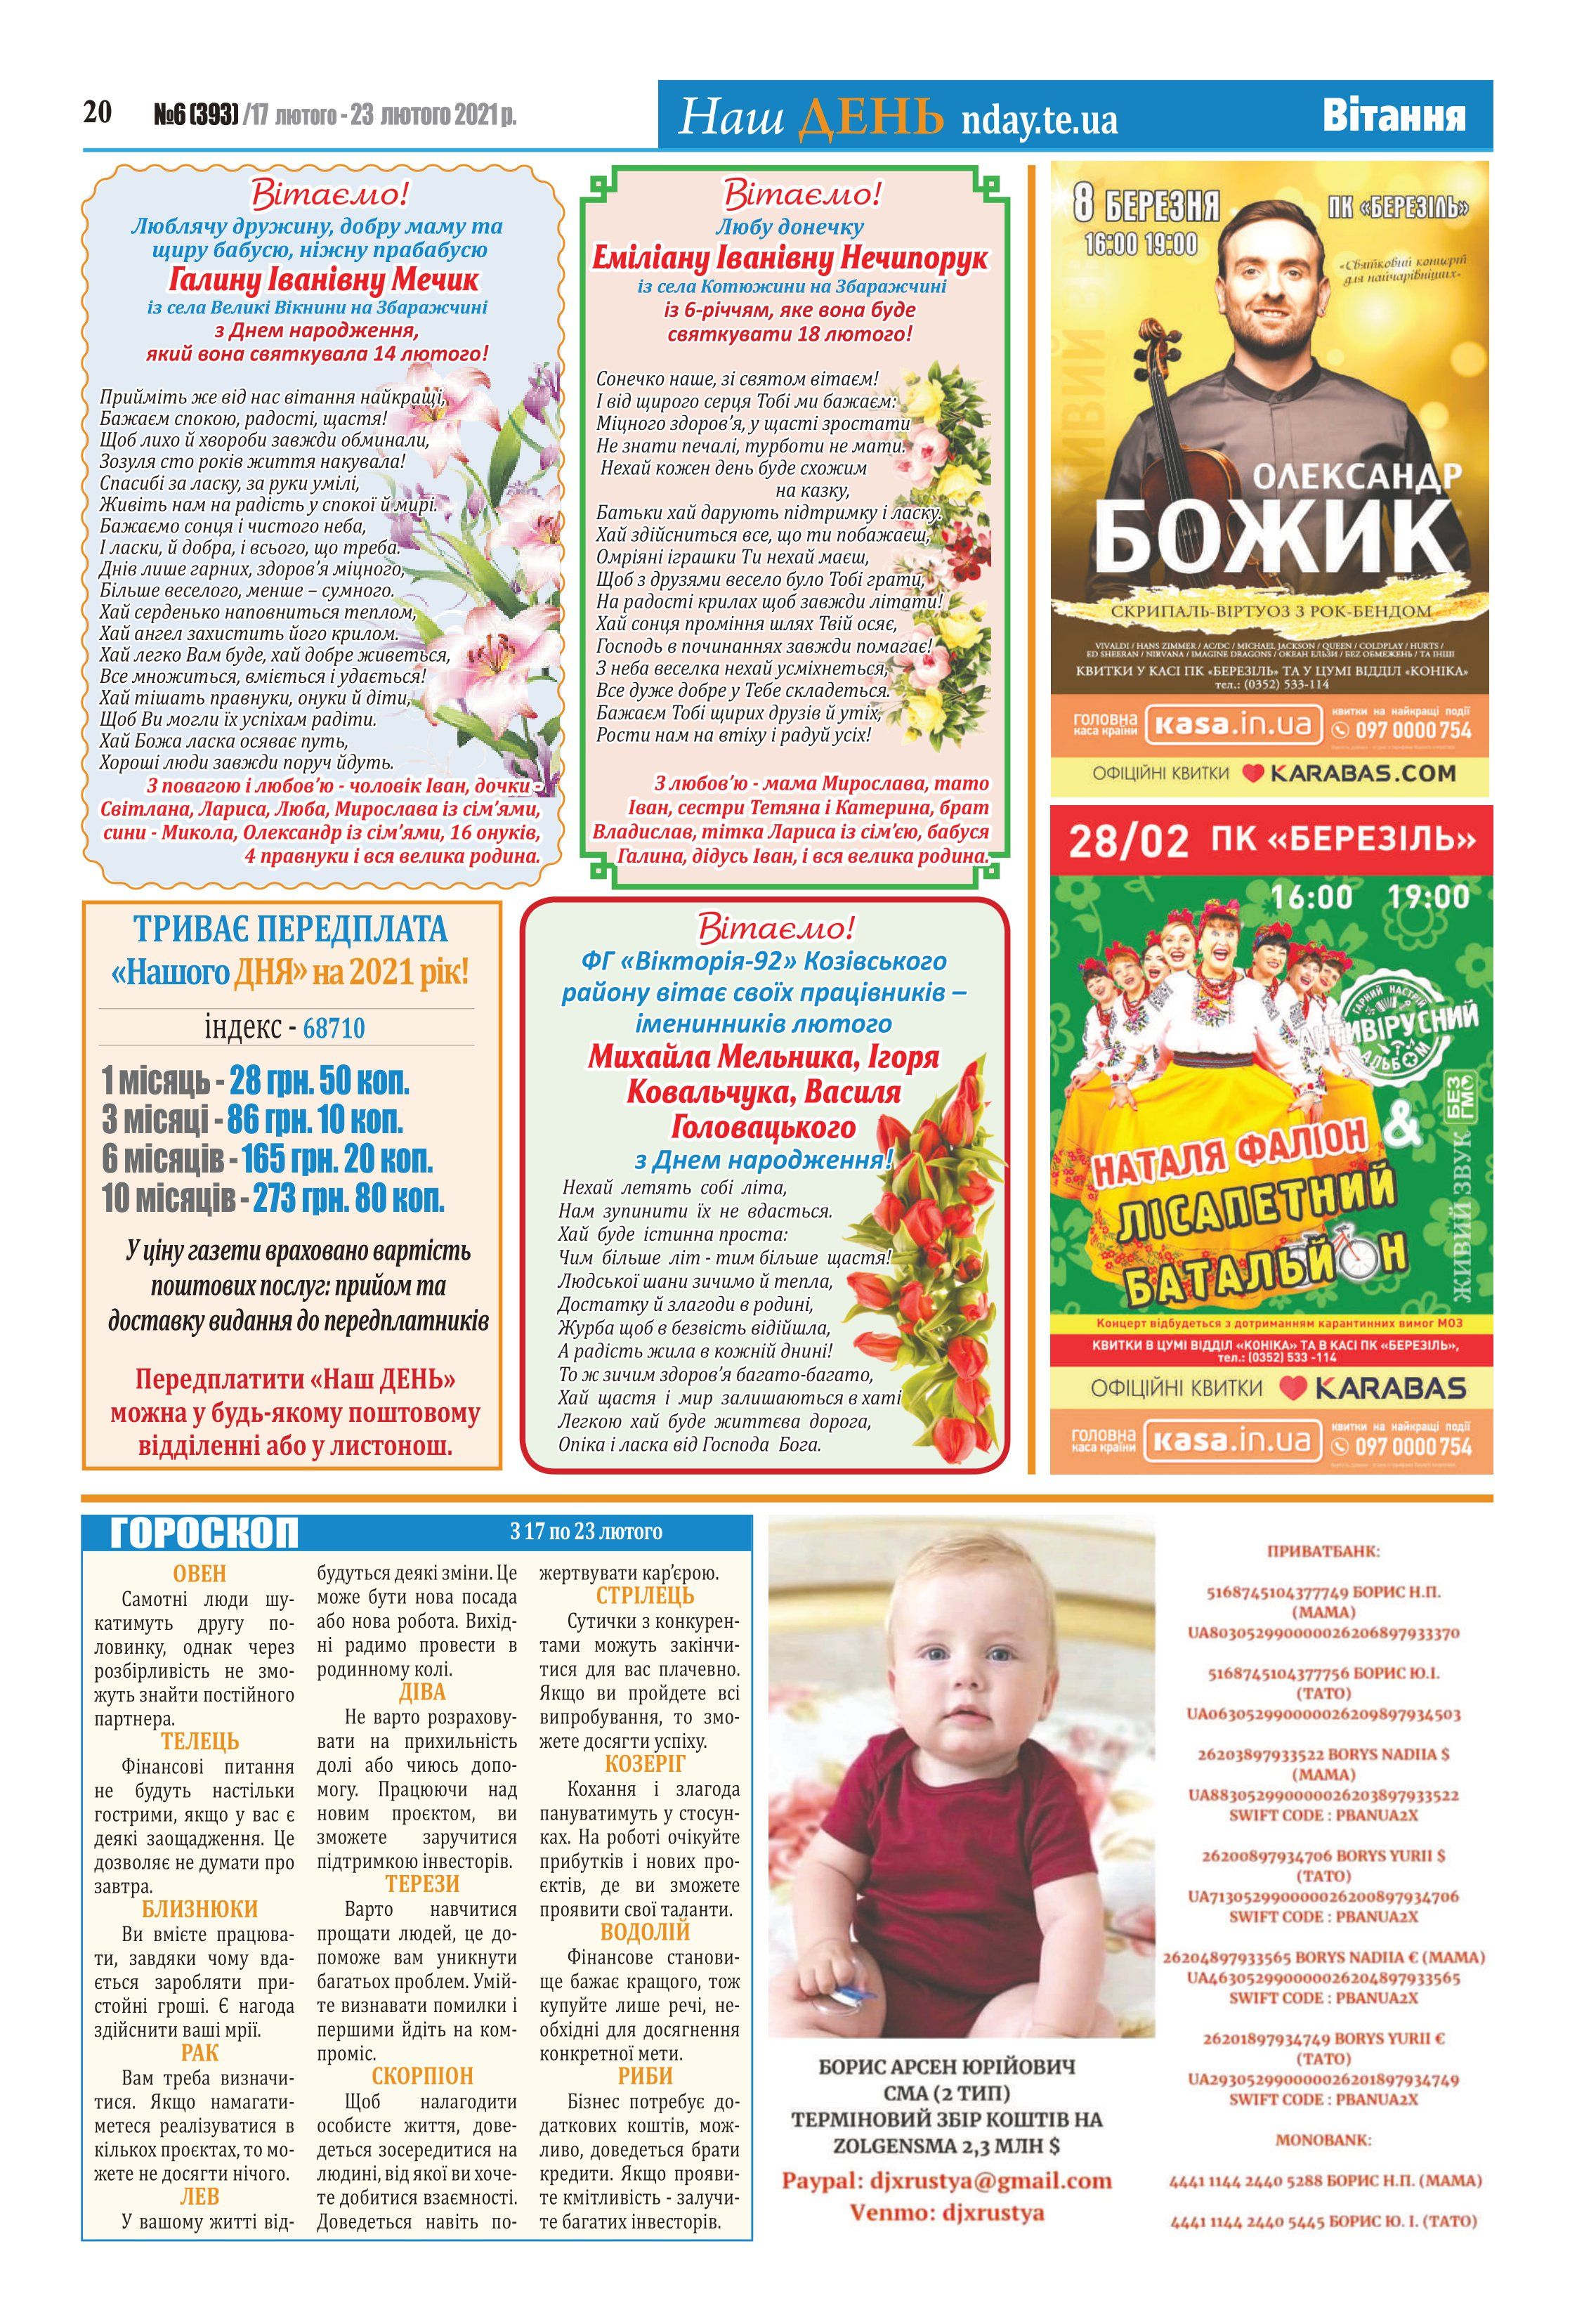
Language: uk